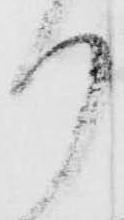
り